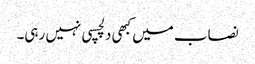
نصاب میں کبھی دلچسپی نہیں رہی۔